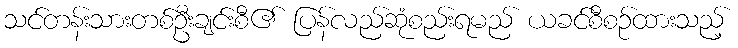
သင်တန်းသားတစ်ဦးချင်းစီ၏ ပြန်လည်ဆုံစည်းရမည် ယခင်စီစဉ်ထားသည့်